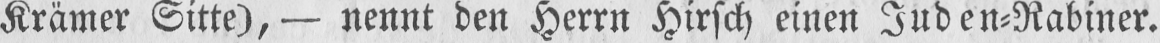
Krämer Sitte), - nennt den Herrn Hirsch einen Juden⸗Rabiner.